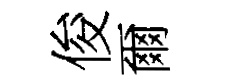
俊爾